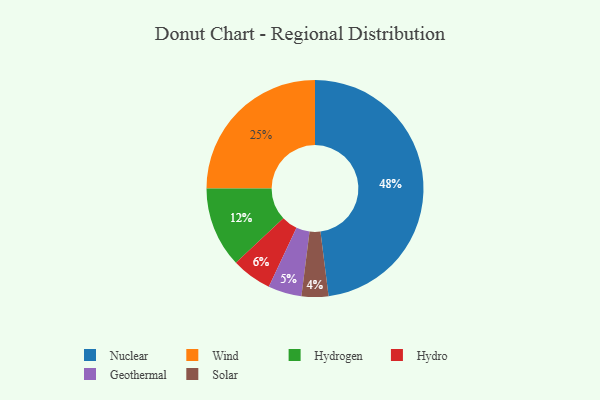
{"axis": {"x": "Category", "y": "Percentage"}, "legend": ["Geothermal", "Hydro", "Hydrogen", "Nuclear", "Solar", "Wind"], "data": [{"x": "Hydro", "y": 6, "type": "Hydro"}, {"x": "Geothermal", "y": 5, "type": "Geothermal"}, {"x": "Nuclear", "y": 48, "type": "Nuclear"}, {"x": "Hydrogen", "y": 12, "type": "Hydrogen"}, {"x": "Solar", "y": 4, "type": "Solar"}, {"x": "Wind", "y": 25, "type": "Wind"}]}